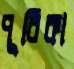
পূরিকা